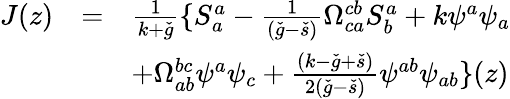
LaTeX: \begin{array}{lll}{{J(z)}}&{{=}}&{{\frac{1}{k+\check{g}}\{ S_{a}^{a}-\frac{1}{(\check{g}-\check{s})}\Omega_{ca}^{cb}S_{b}^{a}+k\psi^{a}\psi_{a}}}\\ {{}}&{{}}&{{+\Omega_{ab}^{bc}\psi^{a}\psi_{c}+\frac{(k-\check{g}+\check{s})}{2(\check{g}-\check{s})}\psi^{ab}\psi_{ab}\} (z)}}\end{array}